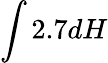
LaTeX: \int 2.7dH